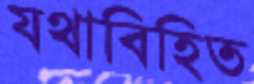
যথাবিহিত